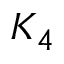
K _ { 4 }